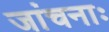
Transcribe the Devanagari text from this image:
जांचनाः